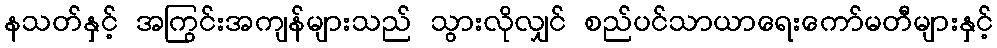
နသတ်နှင့် အကြွင်းအကျန်များသည် သွားလိုလျှင် စည်ပင်သာယာရေးကော်မတီများနှင့်